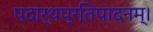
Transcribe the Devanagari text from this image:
पदार्थप्रतिपादनम्।